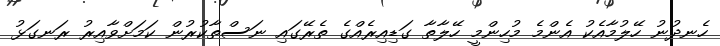
ހެނދުނު ހޭލުމާއެކު އެންމެ މުހިންމީ ހޭލާތާ ގަޑިއިރެއްގެ ތެރޭގައި ނަސްތާކުރުން ކަމަށްވާއިރު ރަނގަޅު